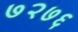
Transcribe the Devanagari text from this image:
७२७६